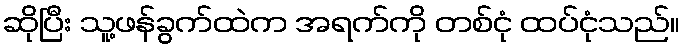
ဆိုပြီး သူ့ဖန်ခွက်ထဲက အရက်ကို တစ်ငုံ ထပ်ငုံသည်။